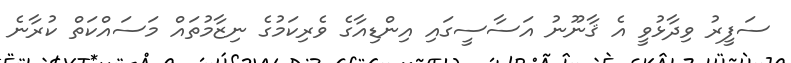
ސަފީރު ވިދާޅުވީ އެ ޤާނޫނު އަސާސީގައި އިންޑިއާގެ ވެރިކަމުގެ ނިޒާމުތައް މަސައްކަތް ކުރާނެ